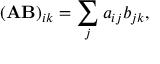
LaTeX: ( \mathbf { A } \mathbf { B } ) _ { i k } = \sum _ { j } a _ { i j } b _ { j k } ,